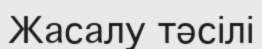
Жасалу тәсілі